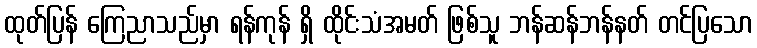
ထုတ်ပြန် ကြေညာသည်မှာ ရန်ကုန် ရှိ ထိုင်းသံအမတ် ဖြစ်သူ ဘန်ဆန်ဘန်နတ် တင်ပြသော